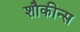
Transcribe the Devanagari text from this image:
शौकीन्स